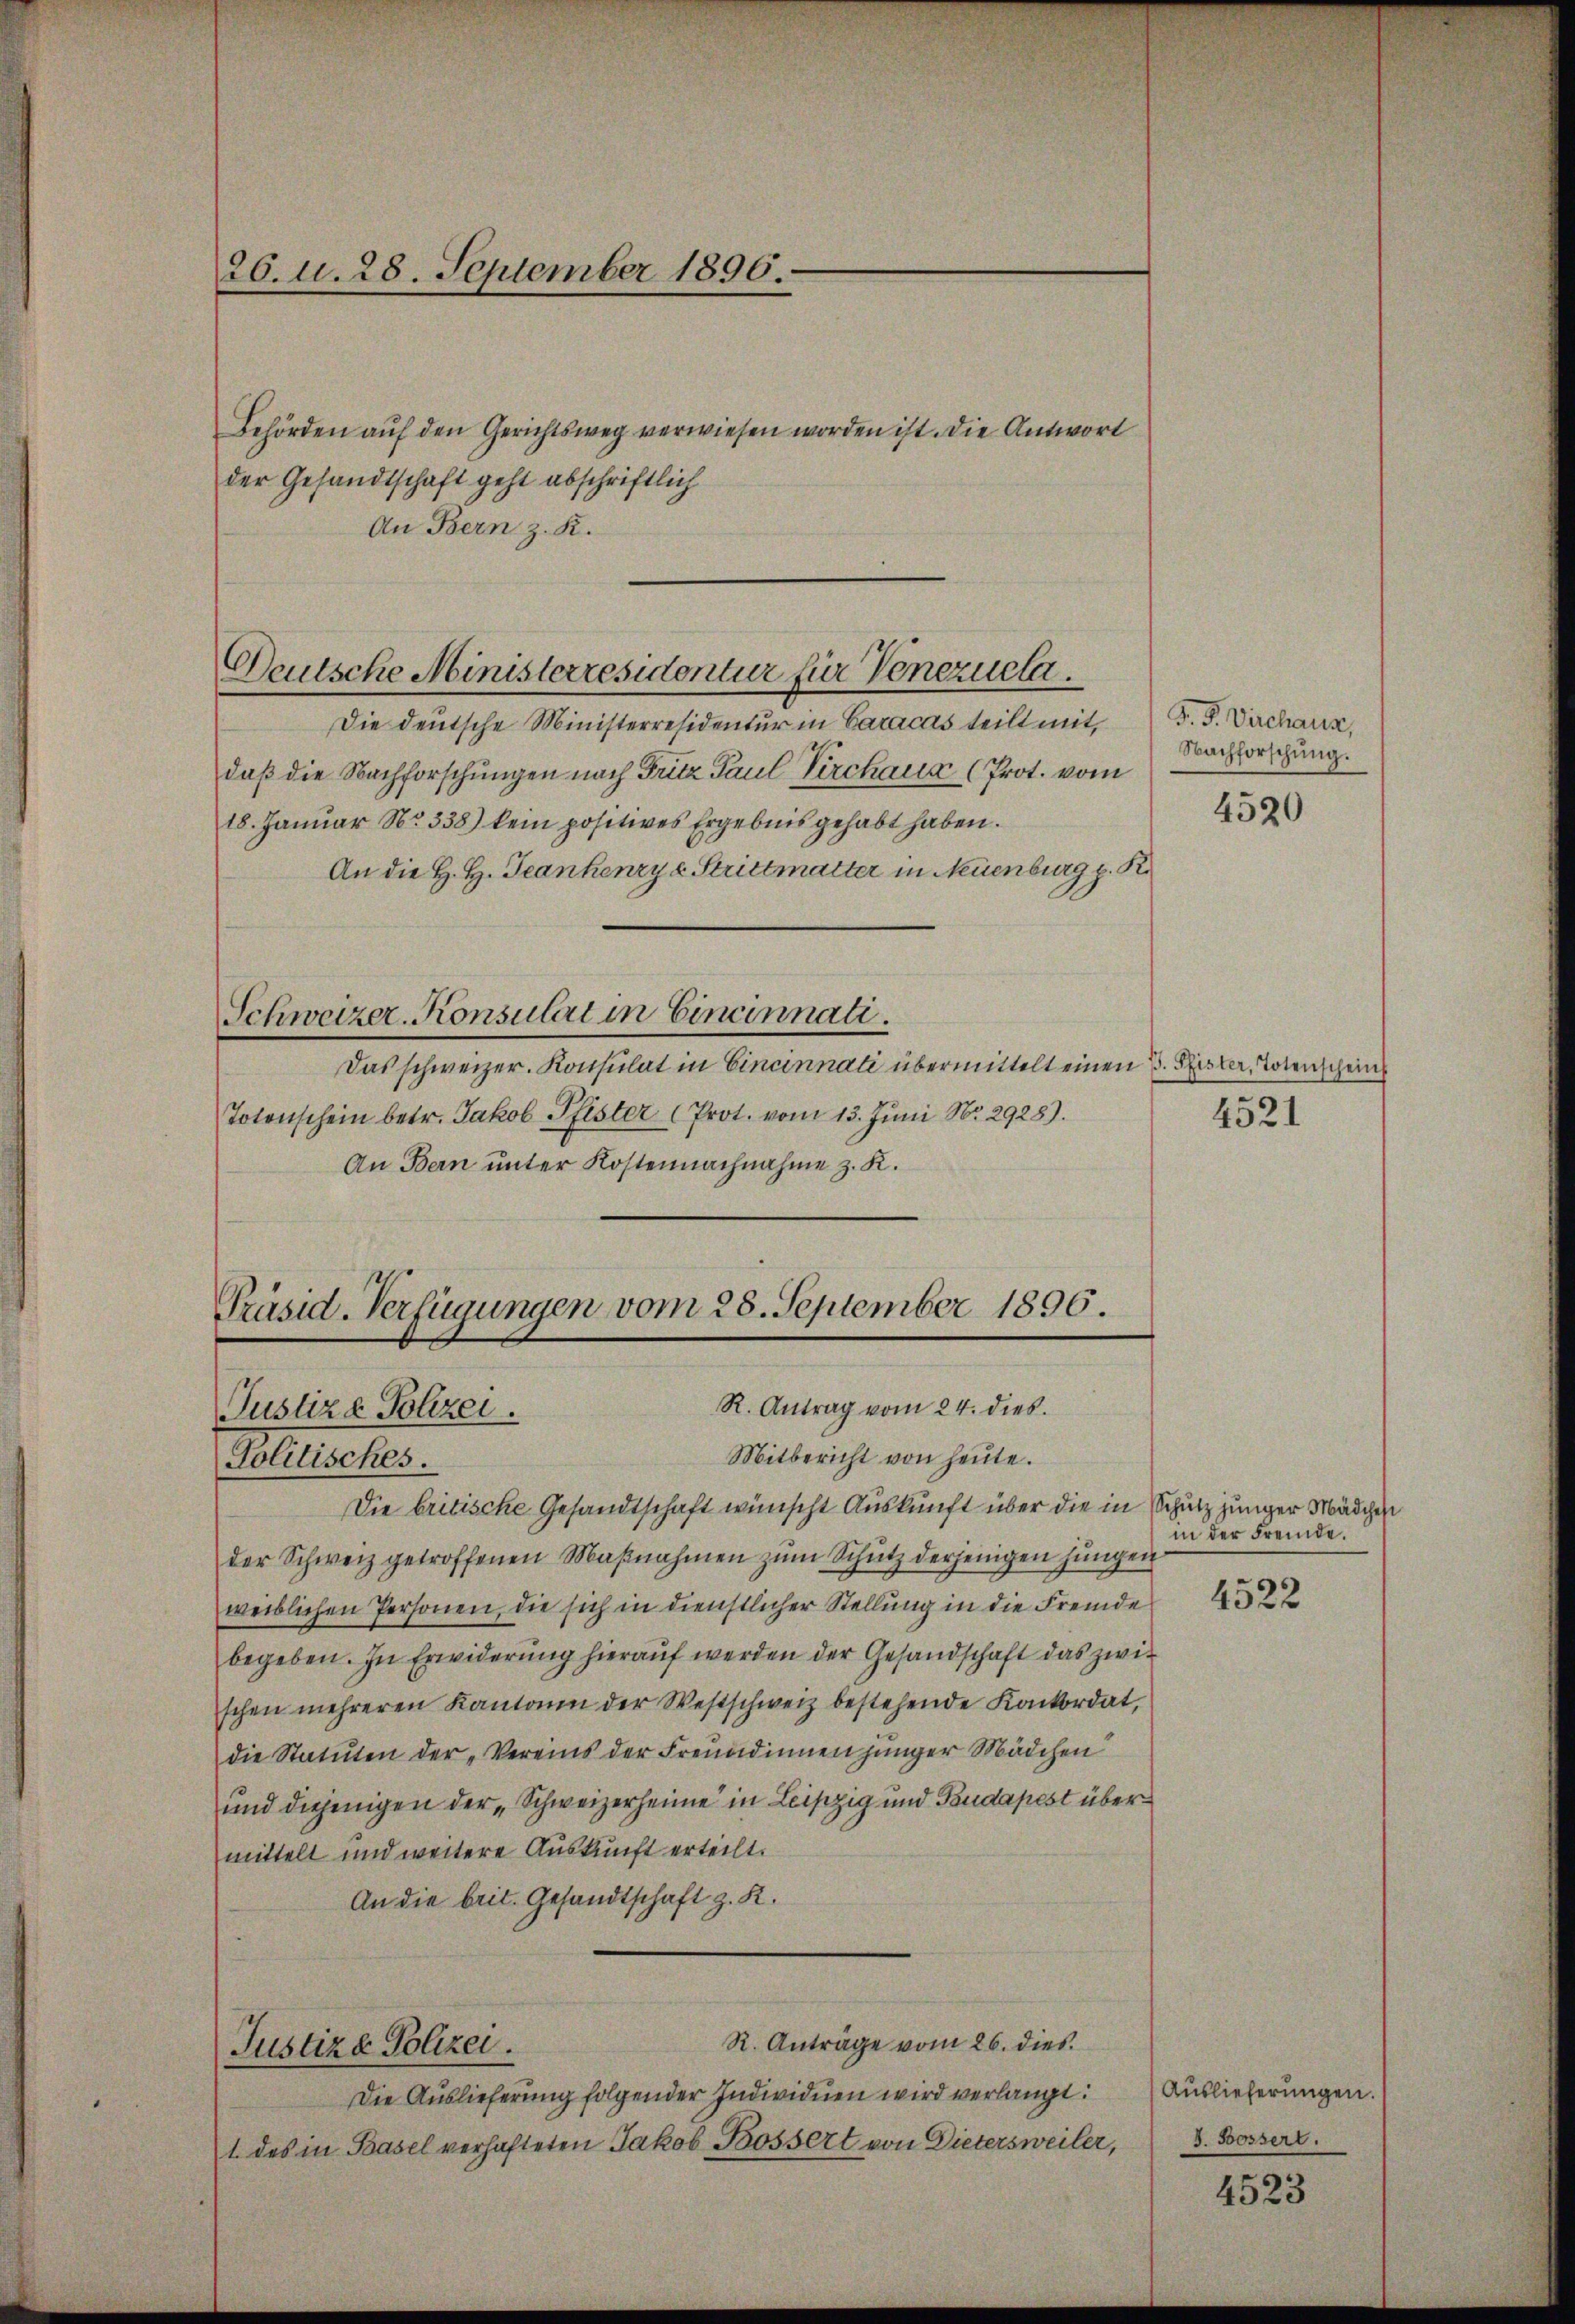
26. d. 28. September 1896.

Behörden aŭf den Gerichtsweg verwiesen worden ist. Die Antwort
der Gesandtschaft geht abschriftlich
An Bern z. K.

Deutsche Ministerresidentur für Venezuela

Die deutsche Ministerresidentur in Caracas teilt mit,
daß die Nachforschungen nach Fritz Paul Pirchaus (Prot. vom
18. Janŭar No. 338) kein positives Ergebnis gehabt haben.
An die H. H. Trankenzy v. Strittmatter in Neuenburg z. R.
Schweizer-Konsulat in Eincinnati.
Das schweizer. Konsulat in Cincinnati übermittelt einen B. Pfister, Totenschein
Totonschein betr. Jakob Pfister (Prot. vom 13. Juni Nr. 2928).
An Bern unter Kostennachnahme z. K.

Präsid-Verfügungen vom 28. September 1896.
R. Antrag vom 24. dies
Justiz- Polizei.

Mitbericht von heute.
Politisches.
Die britische Gesandtschaft wünscht Auskunft über die in Schutz junger Mädchen
der Schweiz getroffenen Maβnahmen zŭm Schutz derjenigen jungen
weiblichen Personen, die sich in dienstlicher Stellung in die Fremde
begeben. In Erwiderung hierauf werden der Gesandschaft das zwischen mehreren Kantonen der Westschweiz bestehende Konkordat,
die Statuten der „Vereins der Freundinnen jünger Mädchen
und diejenigen der „Schweizerheime in Leipzig und Budapest über
mittelt und weitere Auskunft erteilt.
An die breit. Gesandtschaft z. K.
R. Anträge vom 26. dies
Justiza Polizei.
Die Auslieferung folgender Individuen wird verlangt:
1. des in Basel verhafteten Jakob Bossert von Dietersweiler,

F. P. Dirchaus,
Nachforschung.

4520

4521

in der Fremde.

4522

Auslieferungen.
J. Bossert.

4523